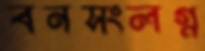
বনসংলগ্ন